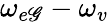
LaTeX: \omega_{e\mathscr{G}}-\omega_{v}